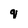
Character: q